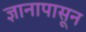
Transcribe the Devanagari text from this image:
ज्ञानापासून